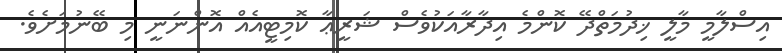
އިސްލާމީ މާލީ ޚިދުމަތްދޭ ކޮންމެ އިދާރާއަކުވެސް ޝަރީޢާ ކޮމިޓީއެއް އޮންނަނީ މި ބޭނުމަށެވެ.